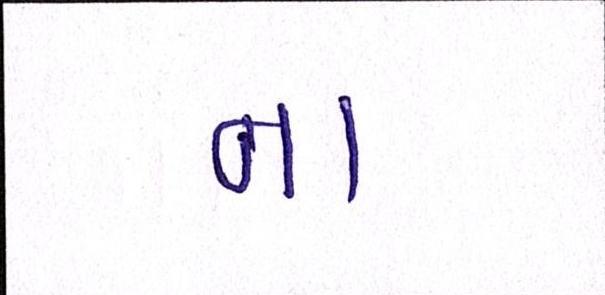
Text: ના